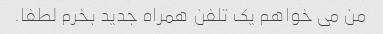
من می خواهم یک تلفن همراه جدید بخرم لطفا.